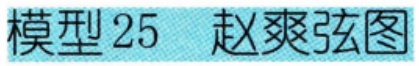
模型 25  赵爽弦图